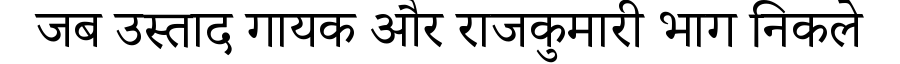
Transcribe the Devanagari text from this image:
जब उस्ताद गायक और राजकुमारी भाग निकले